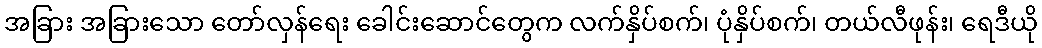
အခြား အခြားသော တော်လှန်ရေး ခေါင်းဆောင်တွေက လက်နှိပ်စက်၊ ပုံနှိပ်စက်၊ တယ်လီဖုန်း၊ ရေဒီယို